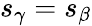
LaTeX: s_{\gamma}=s_{\beta}